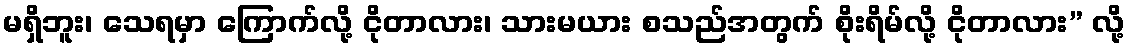
မရှိဘူး၊ သေရမှာ ကြောက်လို့ ငိုတာလား၊ သားမယား စသည်အတွက် စိုးရိမ်လို့ ငိုတာလား” လို့